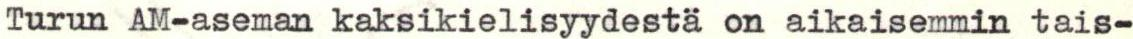
Turun AM-aseman kaksikielisyydestä on aikaisemmin tais-